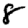
Digit: 8